Indian journal of veterinary science and animal husbandry - Volume 8,
Year: 1938
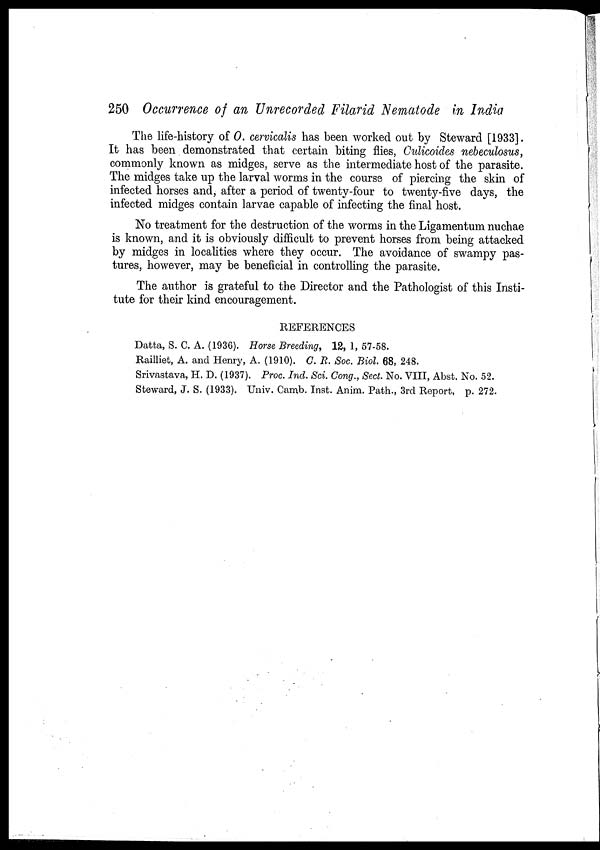
250 Occurrence of an Unrecorded Filarid Nematode in India
The life-history of O. cervicalis has been worked out by Steward [1933].
It has been demonstrated that certain biting flies, Culicoides nebeculosus,
commonly known as midges, serve as the intermediate host of the parasite.
The midges take up the larval worms in the course of piercing the skin of
infected horses and, after a period of twenty-four to twenty-five days, the
infected midges contain larvae capable of infecting the final host.
No treatment for the destruction of the worms in the Ligamentum nuchae
is known, and it is obviously difficult to prevent horses from being attacked
by midges in localities where they occur. The avoidance of swampy pas-
tures, however, may be beneficial in controlling the parasite.
The author is grateful to the Director and the Pathologist of this Insti-
tute for their kind encouragement.
REFERENCES
Datta, S. C. A. (1936). Horse Breeding, 12, 1, 57-58.
Railliet, A. and Henry, A. (1910). C. R. Soc. Biol. 68, 248.
Srivastava, H. D. (1937). Proc. Ind. Sci. Cong., Sect. No. VIII, Abst. No. 52.
Steward, J. S. (1933). Univ. Camb. Inst. Anim. Path., 3rd Report, p. 272.